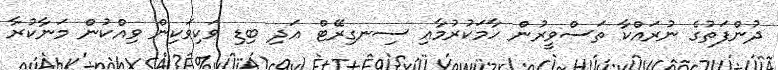
ދުންފަތުގެ ނުރައްކާ ތަސްވީރުން ހާމަކުރުމާއި ސިނގިރޭޓް އަދި ބިޑި ވަކިވަކިން ވިއްކުން މަނާކުރާ